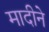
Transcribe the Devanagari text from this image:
मादीने